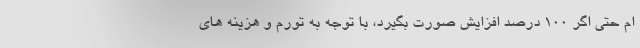
ام حتی اگر 100 درصد افزایش صورت بگیرد، با توجه به تورم و هزینه های